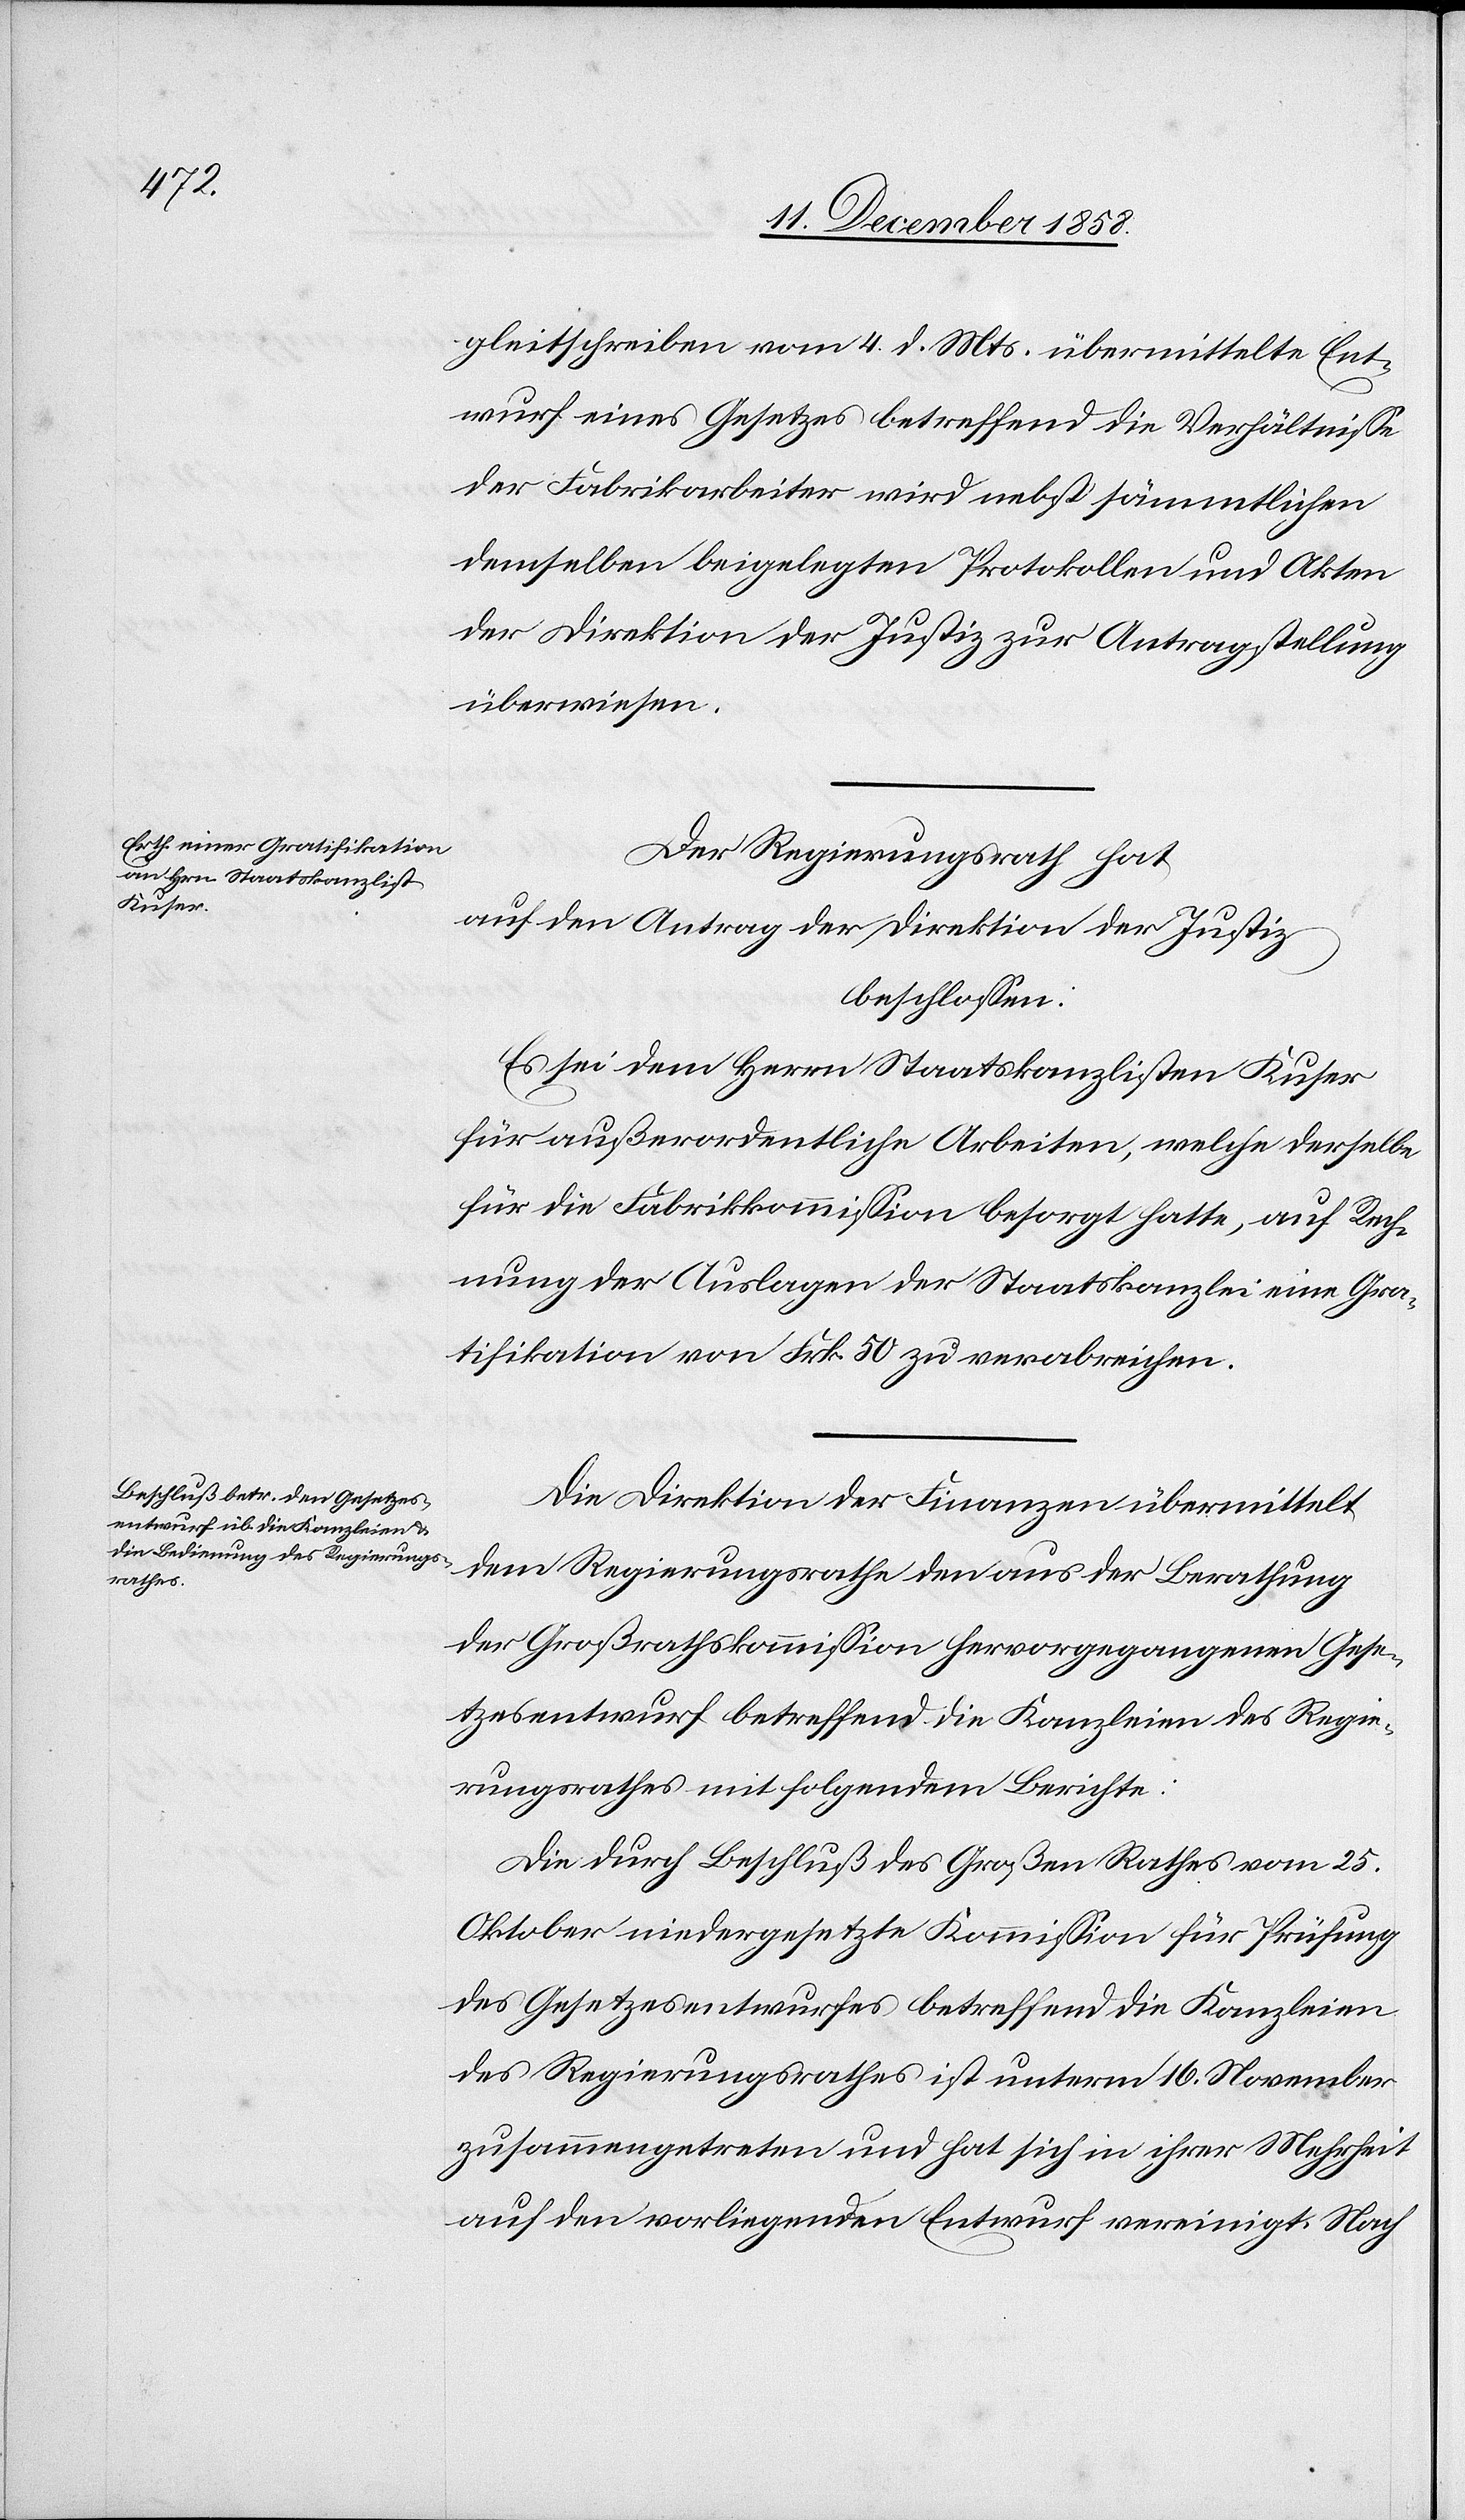
Mittel
Stauber,